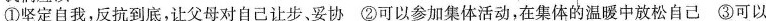
①坚定自我，反抗到底，让父母对自己让步、妥协②可以参加集体活动，在集体的温暖中放松自己③可以